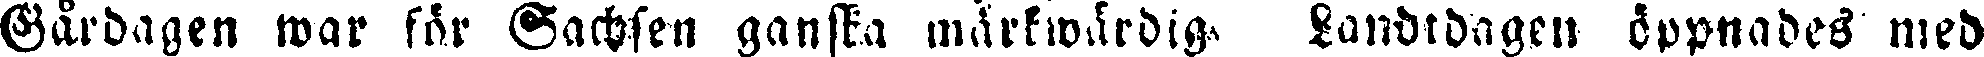
Gårdagen war för Sachsen ganska märkwärdig Landtdagen öppnades med